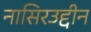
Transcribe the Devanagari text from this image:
नासिरउद्दीन